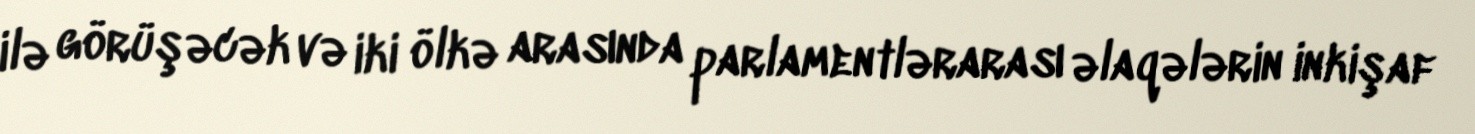
ilə görüşəcək və iki ölkə arasında parlamentlərarası əlaqələrin inkişaf